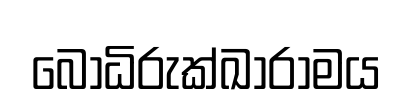
බෝධිරුක්ඛාරාමය